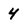
Character: 4